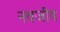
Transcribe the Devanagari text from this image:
नवजीव